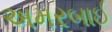
અમરબાઈ